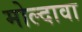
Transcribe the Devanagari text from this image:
मोल्दावा